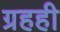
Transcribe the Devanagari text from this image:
ग्रहही